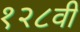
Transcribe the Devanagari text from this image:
१२८वी